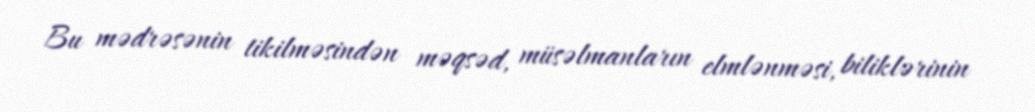
Bu mədrəsənin tikilməsindən məqsəd, müsəlmanların elmlənməsi, biliklərinin